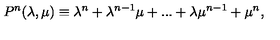
P ^ { n } ( \lambda , \mu ) \equiv \lambda ^ { n } + \lambda ^ { n - 1 } \mu + . . . + \lambda \mu ^ { n - 1 } + \mu ^ { n } ,